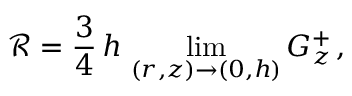
\mathcal { R } = \frac { 3 } { 4 } \, h \, \operatorname* { l i m } _ { ( r , z ) \to ( 0 , h ) } G _ { z } ^ { + } \, ,